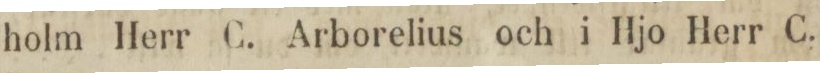
holm Herr C. Arborelius och i Hjo Herr C.